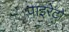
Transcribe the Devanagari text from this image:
पाइरेटों